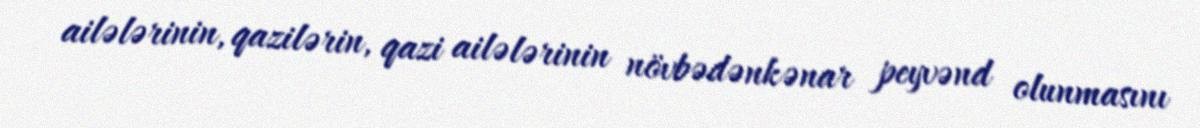
ailələrinin, qazilərin, qazi ailələrinin növbədənkənar peyvənd olunmasını